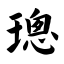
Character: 璁